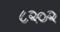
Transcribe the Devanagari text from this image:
८२०२